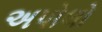
અપોલો